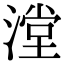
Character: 漟